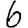
Digit: 6